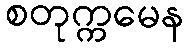
စတုက္ကမေန